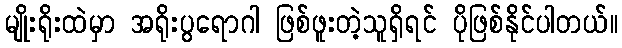
မျိုးရိုးထဲမှာ အရိုးပွရောဂါ ဖြစ်ဖူးတဲ့သူရှိရင် ပိုဖြစ်နိုင်ပါတယ်။